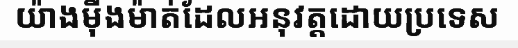
យ៉ាងម៉ឺងម៉ាត់ដែលអនុវត្តដោយប្រទេស